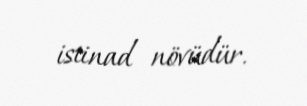
istinad növüdür.